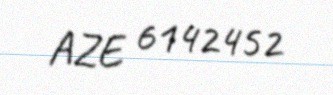
AZE 6142452